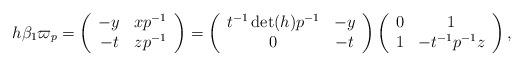
LaTeX: \begin{align*} h\beta_1\varpi_p = \left(\begin{array}{cc} -y & xp^{-1} \\ -t & zp^{-1} \end{array}\right) = \left(\begin{array}{cc} t^{-1}\det(h) p^{-1} & -y \\ 0 & -t \end{array}\right)\left(\begin{array}{cc} 0 & 1 \\ 1 & -t^{-1}p^{-1}z \end{array}\right),\end{align*}